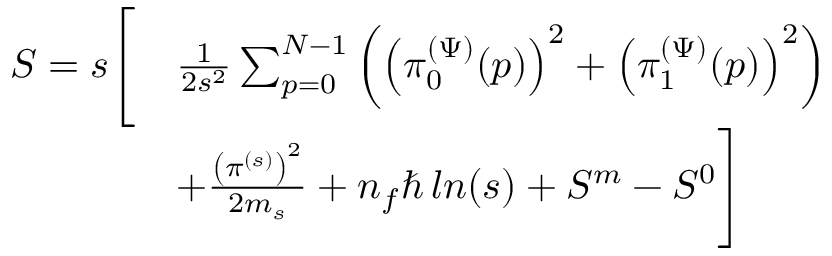
\begin{array} { r l } { S = s \Biggl [ } & { \frac { 1 } { 2 s ^ { 2 } } \sum _ { p = 0 } ^ { N - 1 } \left( \left( \pi _ { 0 } ^ { ( \Psi ) } ( p ) \right) ^ { 2 } + \left( \pi _ { 1 } ^ { ( \Psi ) } ( p ) \right) ^ { 2 } \right) } \\ & { + \frac { \left( \pi ^ { ( s ) } \right) ^ { 2 } } { 2 m _ { s } } + n _ { f } \hbar \, l n ( s ) + S ^ { m } - S ^ { 0 } \Biggr ] } \end{array}